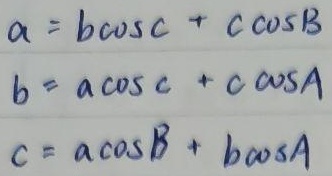
\[
\begin{align*}
a&=b\cos C + c\cos B\\
b&=a\cos C + c\cos A\\
c&=a\cos B + b\cos A
\end{align*}
\]